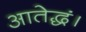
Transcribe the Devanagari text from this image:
आतेद्धं।